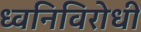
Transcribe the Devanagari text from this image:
ध्वनिविरोधी